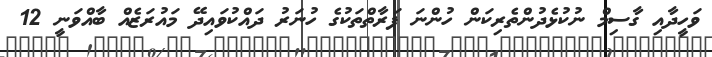
ވަހީދާއި ގާސިމް ނުކުޅެދުންތެރިކަން ހުންނަ ފަރާތްތަކުގެ ހުނަރު ދައްކުވައިދޭ މައުރަޒެއް ބާއްވަނީ 12